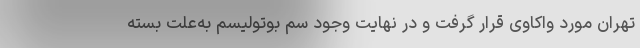
تهران مورد واکاوی قرار گرفت و در نهایت وجود سم بوتولیسم به‌علت بسته